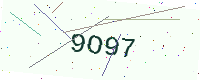
Text: 9O97